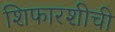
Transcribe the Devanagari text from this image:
शिफारशीची